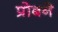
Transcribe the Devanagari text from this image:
प्रोबने